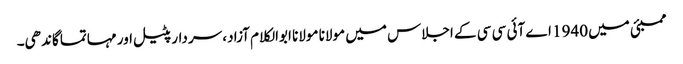
ممبئی میں 1940 اے آئی سی سی کے اجلاس میں مولانا مولانا ابوالکلام آزاد، سردارپٹیل اور مہاتما گاندھی۔